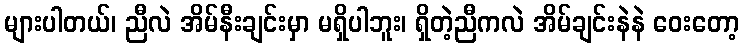
များပါတယ်၊ ညီလဲ အိမ်နီးချင်းမှာ မရှိပါဘူး၊ ရှိတဲ့ညီကလဲ အိမ်ချင်းနဲနဲ ဝေးတော့